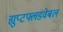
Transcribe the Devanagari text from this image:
ह्युप्टफ्लडवेबल